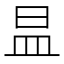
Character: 昷